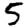
Digit: 5